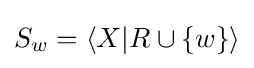
S_{w}=\langle X|R\cup \{w\}\rangle